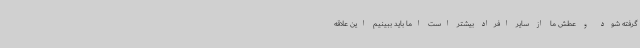
گرفته شود و عطش ما از سایر افراد بیشتر است اما باید ببینیم این علاقه